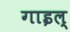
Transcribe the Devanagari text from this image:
गाइल्